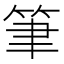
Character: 筆